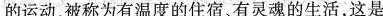
的运动，被称为有温度的住宿、有灵魂的生活，这是